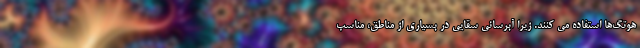
هوتگ‌ها استفاده می کنند. زیرا آبرسانی سقایی در بسیاری از مناطق، مناسب